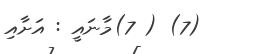
(7) ( 7)މާނައީ : އަށާއި